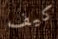
كيف